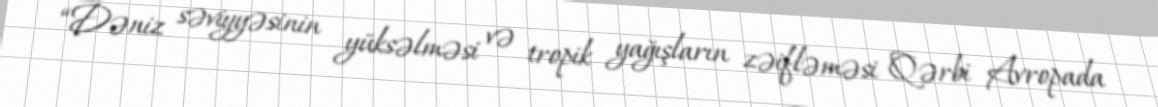
“Dəniz səviyyəsinin yüksəlməsi və tropik yağışların zəifləməsi Qərbi Avropada